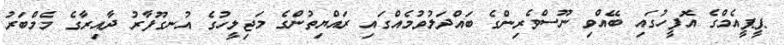
ޕީޕީއެމްގެ އޮފީހުގައި ބޭއްވި ނޫސްވެރިންގެ ބައްދަލުވުމެއްގައި ރައްޔިތުންގެ މަޖިލީހުގެ އުނގޫފާރު ދާއިރާގެ މެމްބަރު